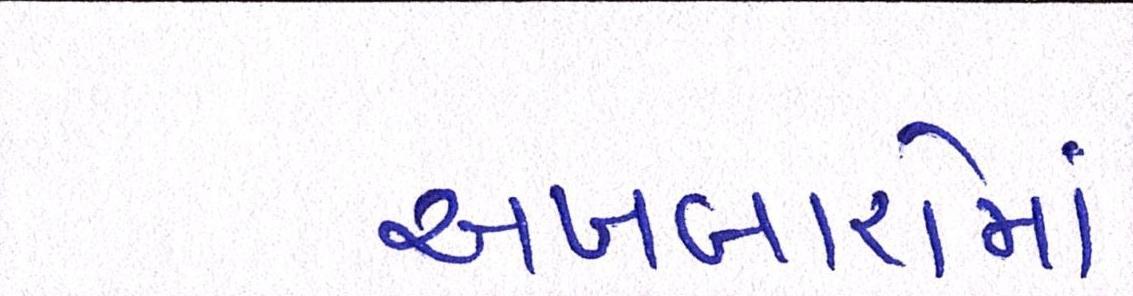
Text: અખબારોમાં